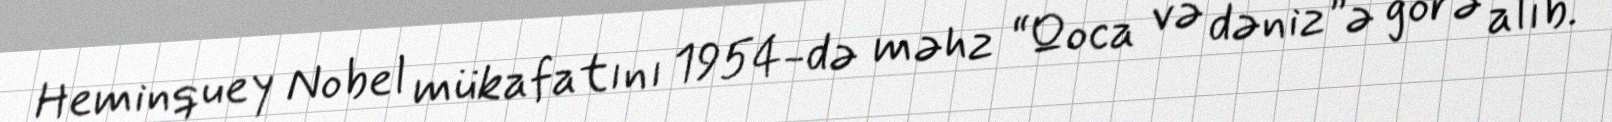
Heminquey Nobel mükafatını 1954-də məhz “Qoca və dəniz”ə görə alıb.